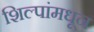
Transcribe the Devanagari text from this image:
शिल्पांमधून